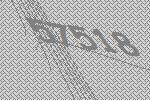
57518